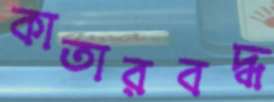
কাতারবদ্ধ